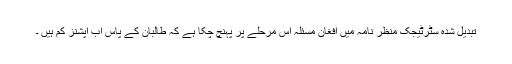
تبدیل شدہ سٹرٹیجک منظر نامہ میں افغان مسئلہ اس مرحلے پر پہنچ چکا ہے کہ طالبان کے پاس اب آپشنز کم ہیں ۔